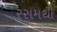
રસમથી